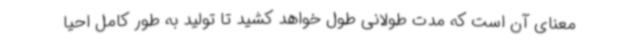
معنای آن است که مدت طولانی طول خواهد کشید تا تولید به طور کامل احیا